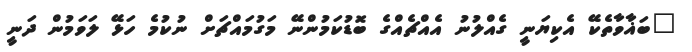
"ބަޣާވާތެކޭ އެކިޔަނީ ގެއްލުނު އެއްޗެއްގެ ބޮޑުކަމުންނޭ މަގުމައްޗަށް ނުކުމެ ހަޅޭ ލަވަމުން ދަނީ